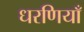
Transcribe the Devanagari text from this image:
धरणियाँ